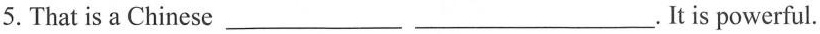
5.That is a Chinese___ ___. It is powerful.